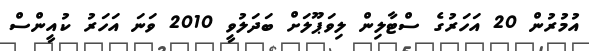
އުމުރުން 20 އަހަރުގެ ސްޓާލިން ލިވަޕޫލަށް ބަދަލުވީ 2010 ވަނަ އަހަރު ކުއީންސް